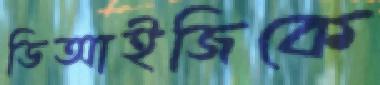
ডিআইজিকে